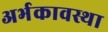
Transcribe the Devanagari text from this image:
अर्भकावस्था